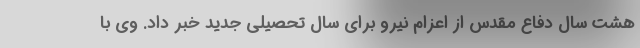
هشت سال دفاع مقدس از اعزام نیرو برای سال تحصیلی جدید خبر داد. وی با